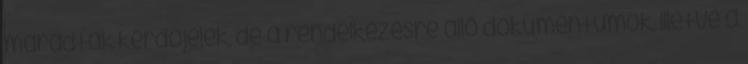
maradtak kérdőjelek, de a rendelkezésre álló dokumentumok, illetve a